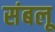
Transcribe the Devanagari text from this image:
संबलू